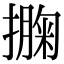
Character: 𢵁